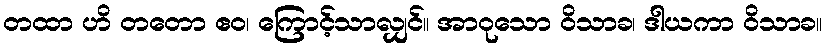
တထာ ဟိ တတော ဧဝ၊ ကြောင့်သာလျှင်။ အာဝုသော ဝိသာခ၊ ဒါယကာ ဝိသာခ။